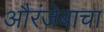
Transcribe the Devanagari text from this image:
औरंजेबाचा